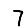
Digit: 7